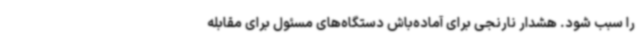
را سبب شود. هشدار نارنجی برای آماده‌باش دستگاه‌های مسئول برای مقابله